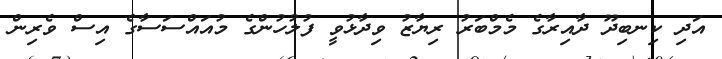
އަދި ކިނބިދޫ ދާއިރާގެ މެމްބަރު ރިޔާޒު ވިދާޅުވީ ފުލުހުންގެ މުއައްސަސާގެ އިސް ވެރިން